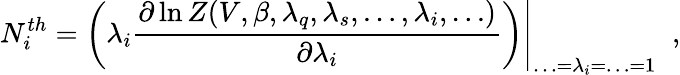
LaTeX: N_{i}^{th}=\left.\left(\lambda_{i}\frac{\partial\ln Z(V,\beta,\lambda_{q},\lambda_{s},\ldots,\lambda_{i},\ldots)}{\partial\lambda_{i}}\right)\right|_{\ldots=\lambda_{i}=\ldots=1}\; \; ,